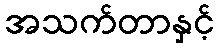
အသက်တာနှင့်